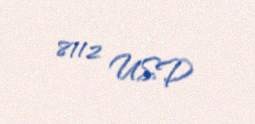
8112 USD